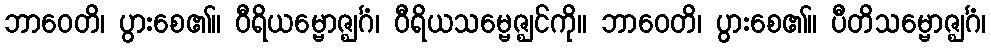
ဘာဝေတိ၊ ပွားစေ၏။ ဝီရိယမ္ဗောဇ္ဈင်္ဂံ၊ ဝီရိယသမ္ဗေဇ္ဈင်ကို။ ဘာဝေတိ၊ ပွားစေ၏။ ပီတိသမ္ဗောဇ္ဈင်္ဂံ၊